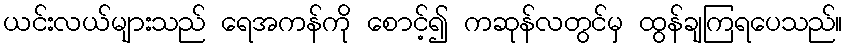
ယင်းလယ်များသည် ရေအကန်ကို စောင့်၍ ကဆုန်လတွင်မှ ထွန်ချကြရပေသည်။